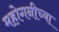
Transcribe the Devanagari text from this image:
महोगनीच्या